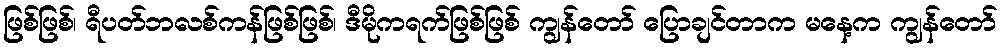
ဖြစ်ဖြစ်၊ ရီပတ်ဘလစ်ကန်ဖြစ်ဖြစ်၊ ဒီမိုကရက်ဖြစ်ဖြစ် ကျွန်တော် ပြောချင်တာက မနေ့က ကျွန်တော်